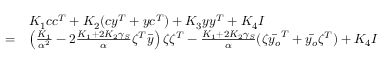
\begin{array} { r l } & { K _ { 1 } c c ^ { T } + K _ { 2 } ( c y ^ { T } + y c ^ { T } ) + K _ { 3 } y y ^ { T } + K _ { 4 } I } \\ { = } & { \left( \frac { K _ { 1 } } { \alpha ^ { 2 } } - 2 \frac { K _ { 1 } + 2 K _ { 2 } \gamma _ { S } } { \alpha } \zeta ^ { T } \bar { y } \right) \zeta \zeta ^ { T } - \frac { K _ { 1 } + 2 K _ { 2 } \gamma _ { S } } { \alpha } ( \zeta \bar { y _ { o } } ^ { T } + \bar { y _ { o } } \zeta ^ { T } ) + K _ { 4 } I } \end{array}